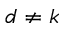
d \ne k